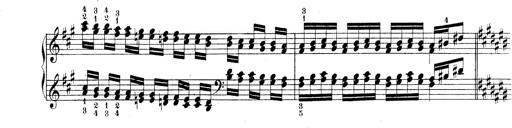
Title: Technische Studien
Composer: Franz Liszt